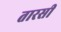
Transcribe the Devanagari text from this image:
तारसी